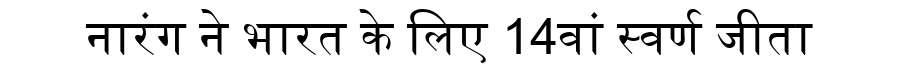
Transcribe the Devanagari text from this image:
नारंग ने भारत के लिए 14वां स्वर्ण जीता